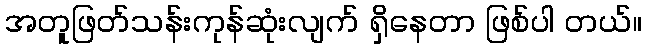
အတူဖြတ်သန်းကုန်ဆုံးလျက် ရှိနေတာ ဖြစ်ပါ တယ်။